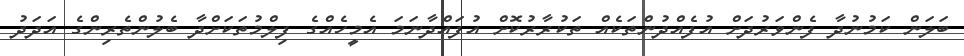
ބަލަން ކަމުނުދާ ފެންވަރުދަށް އުފެއްދުންތަކެއް ތަކުރާރުކޮށް އުފައްދާނަމަ އެމީހެއްގެ ފިލްމުތަކަށްދާ ބެލުންތެރިންގެ އަދަދު